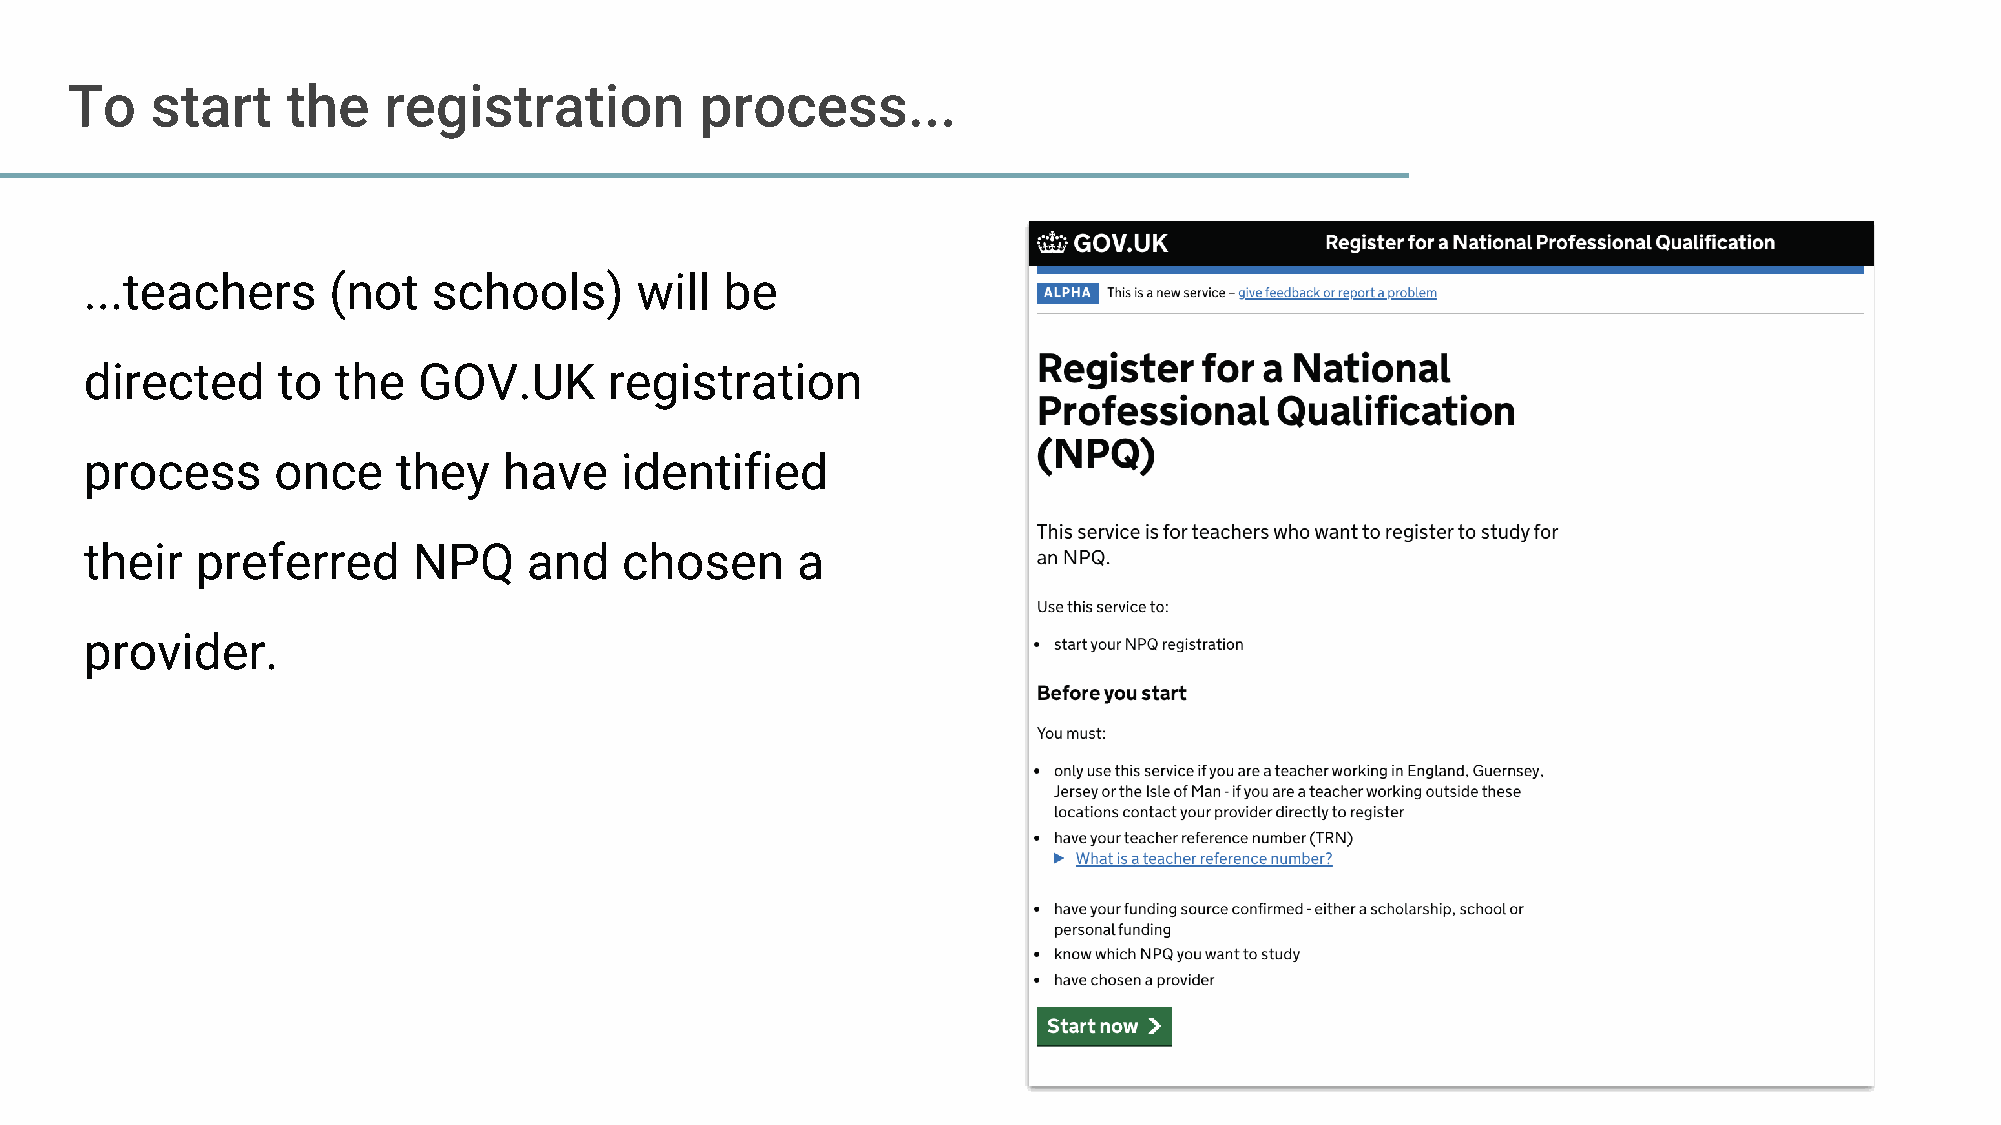
To    start    the   registration         process...
 ...teachers     (not   schools)     will  be
 directed    to  the   GOV.UK      registration
 process     once    they   have    identified
 their  preferred     NPQ     and   chosen      a
 provider.